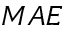
M A E